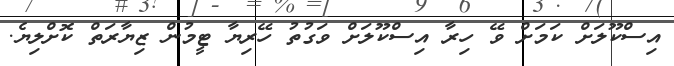
އިސްކޫލަށް ކަމަށް ވޭ ހިރާ އިސްކޫލަށް ވަގުތު ހޭރިޔާ ޓީމުން ޒިޔާރަތް ކޮށްލިޔެ.